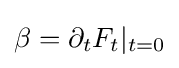
\beta =\partial _{t}F_{t}|_{t=0}